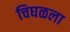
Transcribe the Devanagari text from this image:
चिघळला